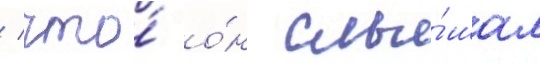
/ что́ о́н слы́шал